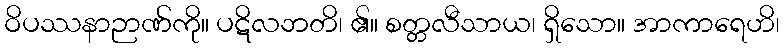
ဝိပဿနာဉာဏ်ကို။ ပဋိလဘတိ၊ ၏။ စတ္တလီသာယ၊ ရှိသော။ အာကာရေဟိ၊